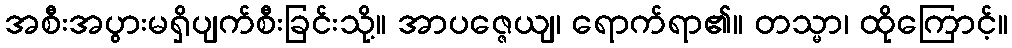
အစီးအပွားမရှိပျက်စီးခြင်းသို့။ အာပဇ္ဇေယျ၊ ရောက်ရာ၏။ တသ္မာ၊ ထိုကြောင့်။